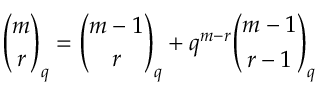
{ \binom { m } { r } } _ { q } = { \binom { m - 1 } { r } } _ { q } + q ^ { m - r } { \binom { m - 1 } { r - 1 } } _ { q }